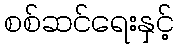
စစ်ဆင်ရေးနှင့်